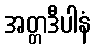
အတ္တဒီပါနံ